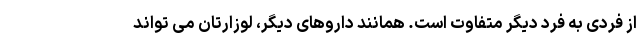
از فردی به فرد دیگر متفاوت است. همانند داروهای دیگر، لوزارتان می تواند